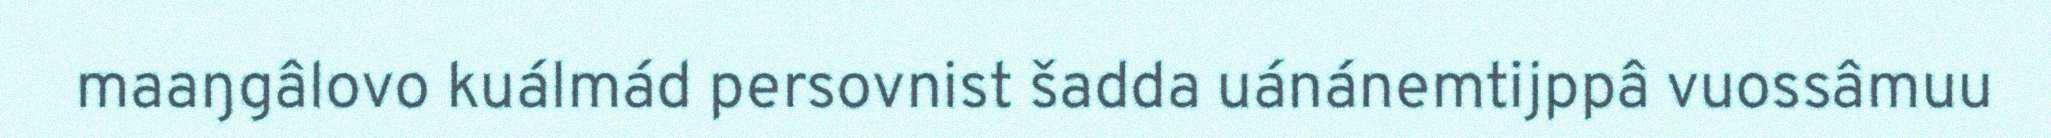
maaŋgâlovo kuálmád persovnist šadda uánánemtijppâ vuossâmuu